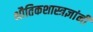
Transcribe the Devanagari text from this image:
भौतिकशास्त्रज्ञांनी